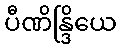
ပီဏိန္ဒြိယေ